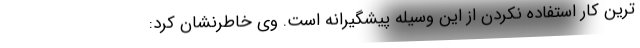
ترین کار استفاده نکردن از این وسیله پیشگیرانه است. وی خاطرنشان کرد: